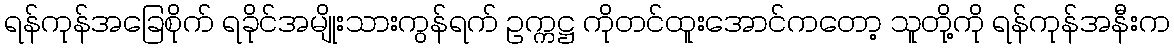
ရန်ကုန်အခြေစိုက် ရခိုင်အမျိုးသားကွန်ရက် ဥက္ကဋ္ဌ ကိုတင်ထူးအောင်ကတော့ သူတို့ကို ရန်ကုန်အနီးက